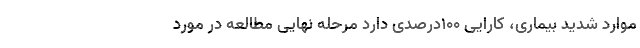
موارد شدید بیماری، کارایی ۱۰۰درصدی دارد مرحله نهایی مطالعه در مورد